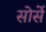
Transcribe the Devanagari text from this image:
सोर्से